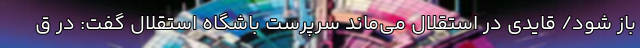
باز شود/ قایدی در استقلال می‌ماند سرپرست باشگاه استقلال گفت: در ق